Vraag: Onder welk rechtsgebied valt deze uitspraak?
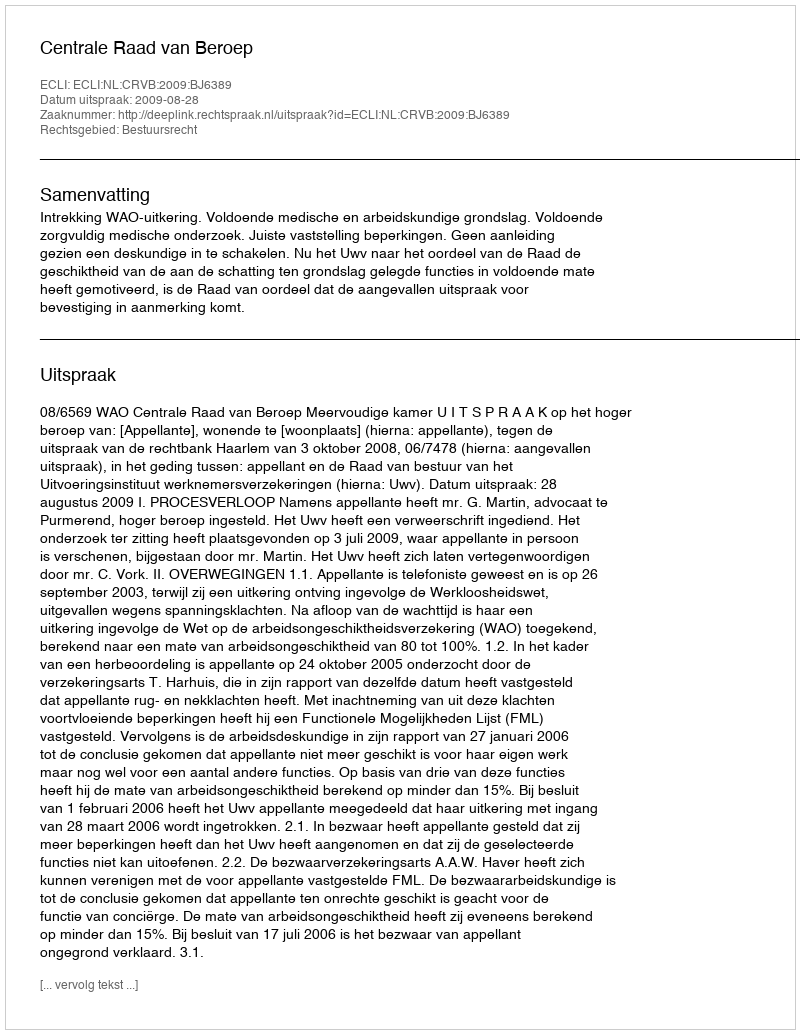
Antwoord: Bestuursrecht